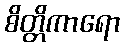
စိတ္တိကာရော